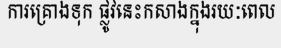
ការគ្រោងទុក ផ្លូវនេះកសាងក្នុងរយៈពេល